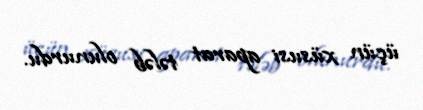
üçün xüsusi aparat tələb olunurdu.